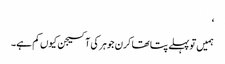
‘
ہمیں تو پہلے پتا تھا کرن جوہر کی آکسیجن کیوں کم ہے۔